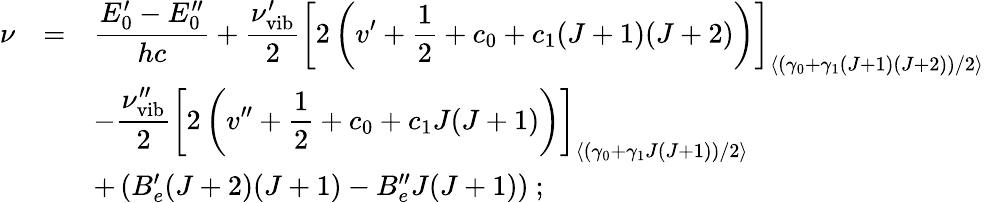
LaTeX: \begin{array}{rcl}{{\nu}}&{{=}}&{{\displaystyle\frac{E_{0}^{\prime}-E_{0}^{\prime\prime}}{hc}+\displaystyle\frac{\nu_{\mathrm{vib}}^{\prime}}{2}\left[2\left(v^{\prime}+{\frac{1}{2}}+c_{0}+c_{1}(J+1)(J+2)\right)\right]_{\left<\left(\gamma_{0}+\gamma_{1}(J+1)(J+2)\right)/2\right>}}}\\ {{}}&{{}}&{{-\displaystyle\frac{\nu_{\mathrm{vib}}^{\prime\prime}}{2}\left[2\left(v^{\prime\prime}+{\frac{1}{2}}+c_{0}+c_{1}J(J+1)\right)\right]_{\left<\left(\gamma_{0}+\gamma_{1}J(J+1)\right)/2\right>}}}\\ {{}}&{{}}&{{+\left(B_{e}^{\prime}(J+2)(J+1)-B_{e}^{\prime\prime}J(J+1)\right)~;}}\end{array}